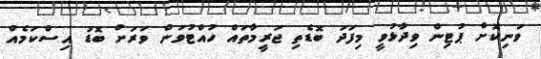
ވަނިކޮށް ޕުޓިން ވިދާޅުވީ މިފަދަ ބޮޑެތި ޖަރީމާތައް ހުއްޓުވަން ވަރަށް ބޮޑު އިސްކަމެއް